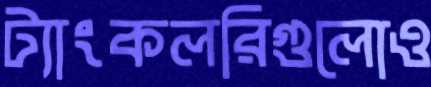
ট্যাংকলরিগুলোও